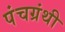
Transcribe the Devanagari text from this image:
पंचग्रंथी